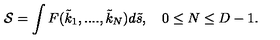
{ \cal S } = \int F ( { \tilde { k } } _ { 1 } , . . . . , { \tilde { k } } _ { N } ) d { \tilde { s } } , \quad 0 \leq N \leq D - 1 .